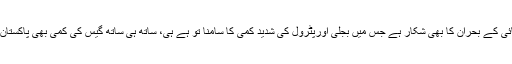
پاکستان اس وقت بہت سارے دیگر مسائل اور بحران کے علاوہ توانائی کے بحران کا بھی شکار ہے جس میں بجلی اورپٹرول کی شدید کمی کا سامنا تو ہے ہی، ساتھ ہی ساتھ گیس کی کمی بھی پاکستان کو کسی بھی وقت ایک بہت بڑے خسارے میں مبتلا کر سکتی ہے۔